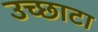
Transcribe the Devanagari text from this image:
उच्छाटा